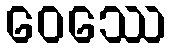
ဝေဿေ